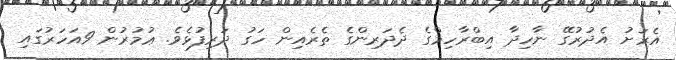
އެރަށު އެދުރުގޭ ނާހިދާ އިބްރާހިމްގެ ދެދަރިންގެ ތެރެއިން ހަގު ދަރިފުޅެވެ. ޢުމުރުން 9އަހަރުގައި